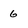
Character: 6